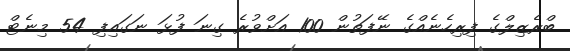
ބްރެޒިލްގެ ފިރިހެނެއްގެ ނޭފަތުން 100 އަށްވުރެ ގިނަ ފުޅަ ނަގައިފި 54 މިނެޓް